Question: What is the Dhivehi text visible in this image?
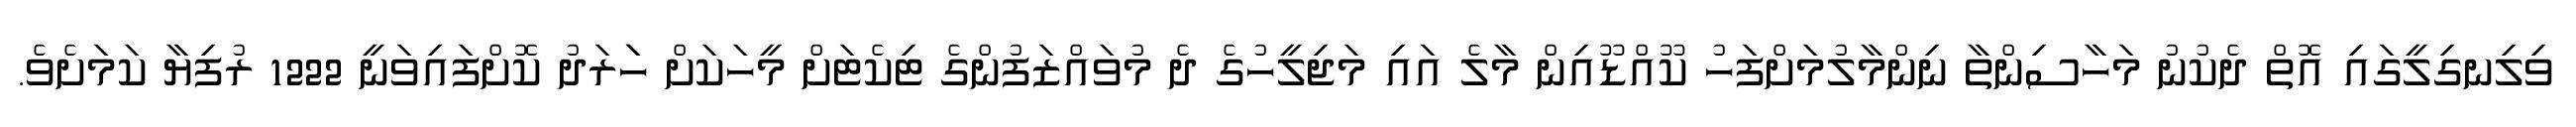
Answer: ވިލިނގިލީގައި އޮތް ދެކުނު މަހާސިންތާ ނިންމާލުމަށްފަހު ކޫއްޑޫއިން މާލެ އައި މަޖިލީހުގެ ދެ މުވައްޒަފުންގެ ޓިކެޓަށް މީހަކަށް ހަަރަދު ކޮށްފައިވަނީ 1222 ރުފިޔާ ކަމަށެވެ.